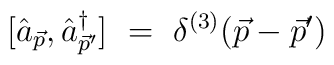
[ \hat{a}_{\vec{p}},\hat{a}^{\dag}_{\vec{p} ' }]  \ = \ \delta^{(3)}(\vec{p}-\vec{p} ' )